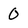
Character: 0